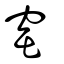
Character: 窰